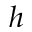
h